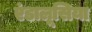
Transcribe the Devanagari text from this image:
एंडालूसिया